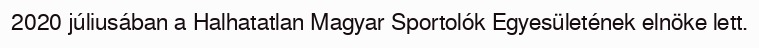
2020 júliusában a Halhatatlan Magyar Sportolók Egyesületének elnöke lett.